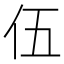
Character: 伍